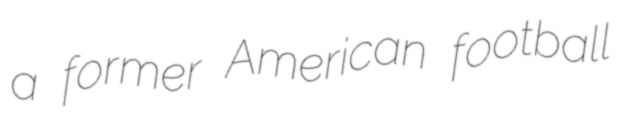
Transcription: a former American football